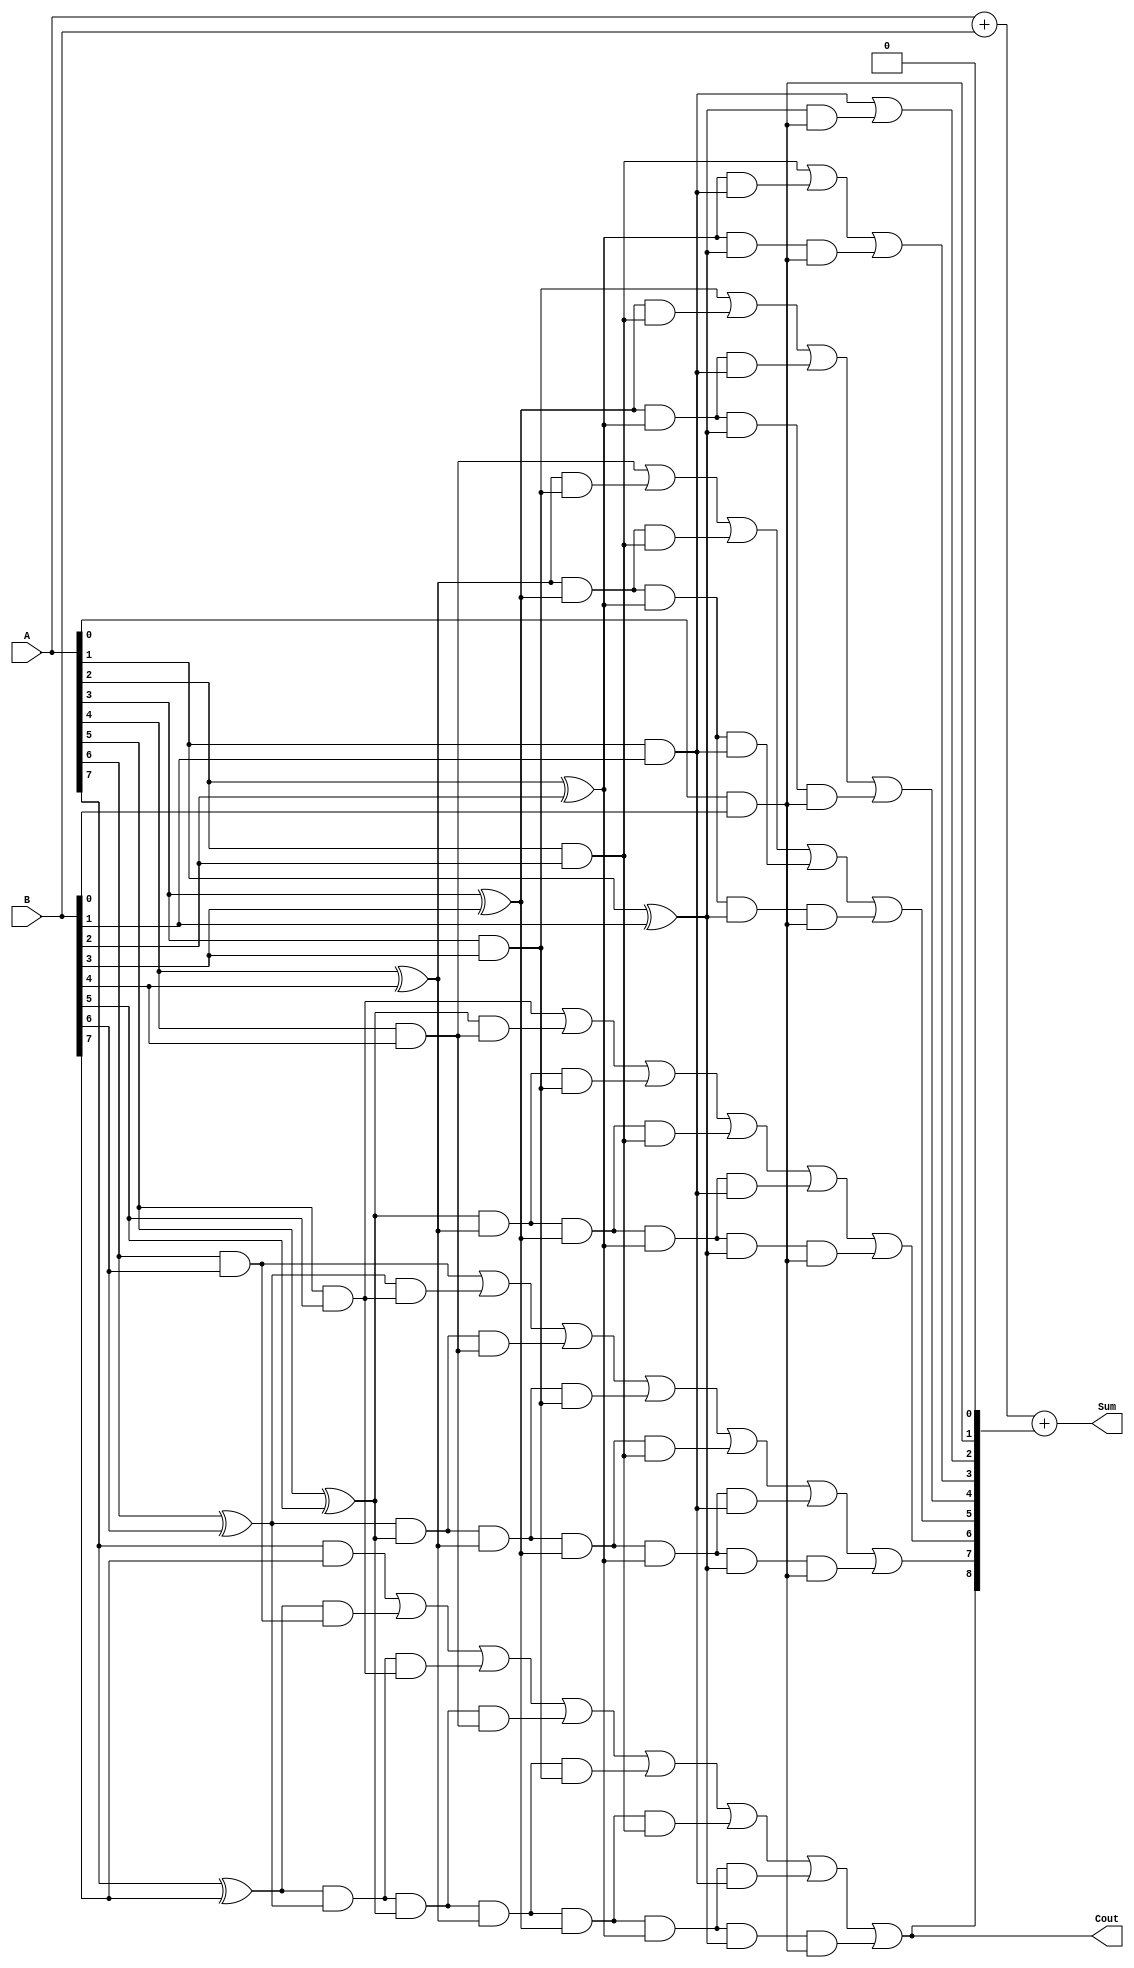
module carry_lookahead_adder (
  input wire [7:0] A, // Input operand A
  input wire [7:0] B, // Input operand B
  output wire [8:0] Sum, // Output sum
  output wire Cout // Output carry out
);

// Internal wires
wire [7:0] p, g;
wire [8:0] c;

// Generate and propagate signals
genvar i;
generate 
  for (i = 0; i < 8; i = i + 1) begin : gen_prop
    assign p[i] = A[i] ^ B[i];
    assign g[i] = A[i] & B[i];
  end
endgenerate

// Carry signals calculation
assign c[0] = 1'b0;
assign c[1] = g[0] | (p[0] & c[0]);
assign c[2] = g[1] | (p[1] & g[0]) | (p[1] & p[0] & c[0]);
assign c[3] = g[2] | (p[2] & g[1]) | (p[2] & p[1] & g[0]) | (p[2] & p[1] & p[0] & c[0]);
assign c[4] = g[3] | (p[3] & g[2]) | (p[3] & p[2] & g[1]) | (p[3] & p[2] & p[1] & g[0]) | (p[3] & p[2] & p[1] & p[0] & c[0]);
assign c[5] = g[4] | (p[4] & g[3]) | (p[4] & p[3] & g[2]) | (p[4] & p[3] & p[2] & g[1]) | (p[4] & p[3] & p[2] & p[1] & g[0]) | (p[4] & p[3] & p[2] & p[1] & p[0] & c[0]);
assign c[6] = g[5] | (p[5] & g[4]) | (p[5] & p[4] & g[3]) | (p[5] & p[4] & p[3] & g[2]) | (p[5] & p[4] & p[3] & p[2] & g[1]) | (p[5] & p[4] & p[3] & p[2] & p[1] & g[0]) | (p[5] & p[4] & p[3] & p[2] & p[1] & p[0] & c[0]);
assign c[7] = g[6] | (p[6] & g[5]) | (p[6] & p[5] & g[4]) | (p[6] & p[5] & p[4] & g[3]) | (p[6] & p[5] & p[4] & p[3] & g[2]) | (p[6] & p[5] & p[4] & p[3] & p[2] & g[1]) | (p[6] & p[5] & p[4] & p[3] & p[2] & p[1] & g[0]) | (p[6] & p[5] & p[4] & p[3] & p[2] & p[1] & p[0] & c[0]);
assign c[8] = g[7] | (p[7] & g[6]) | (p[7] & p[6] & g[5]) | (p[7] & p[6] & p[5] & g[4]) | (p[7] & p[6] & p[5] & p[4] & g[3]) | (p[7] & p[6] & p[5] & p[4] & p[3] & g[2]) | (p[7] & p[6] & p[5] & p[4] & p[3] & p[2] & g[1]) | (p[7] & p[6] & p[5] & p[4] & p[3] & p[2] & p[1] & g[0]);
assign Sum = A + B + c;

// Output carry out
assign Cout = c[8];

endmodule